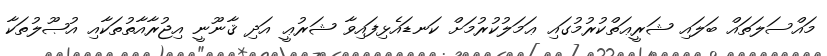
މައްސަލަތައް ބަލައި ޝަރީޢަތްކުރުމުގައި ޢަމަލުކުރުމަށް ކަނޑައެޅިފައިވާ ޝަރުޢީ އަދި ޤާނޫނީ އިޖުރާއާތުތަކާއި އުޞޫލުތަކާ